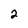
Character: 2